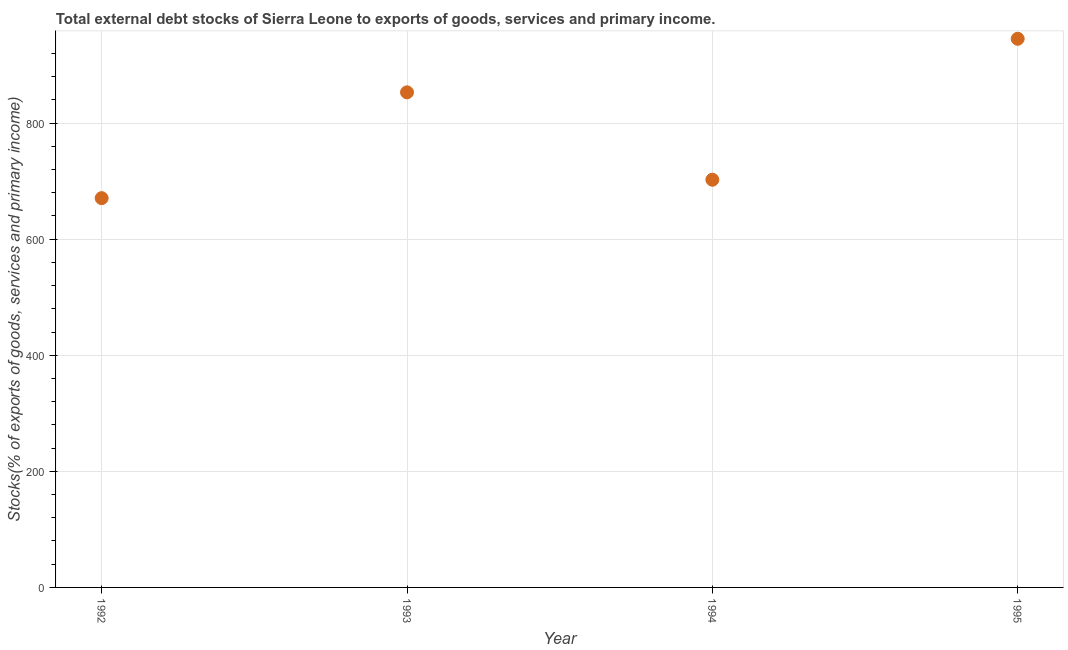
| Year | External debt stocks (% of exports of goods |
 | --- | --- |
 | 1992 | 671 |
 | 1993 | 853 |
 | 1994 | 702 |
 | 1995 | 945 |